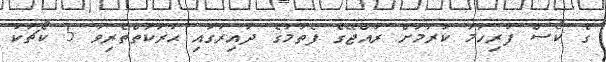
ގެ ކޯސް ފުރިހަމަ ކުރުމަށް ރާއްޖޭގެ ފެތުމުގެ ދާއިރާގައި ޙަރަކާތްތެރިވާ 5 ކޯޗަކު